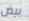
بيض